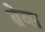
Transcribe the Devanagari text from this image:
ब्रेव्स